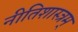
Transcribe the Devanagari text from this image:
नीतिशास्त्रम्‌